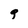
Character: g